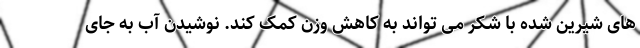
های شیرین شده با شکر می تواند به کاهش وزن کمک کند. نوشیدن آب به جای